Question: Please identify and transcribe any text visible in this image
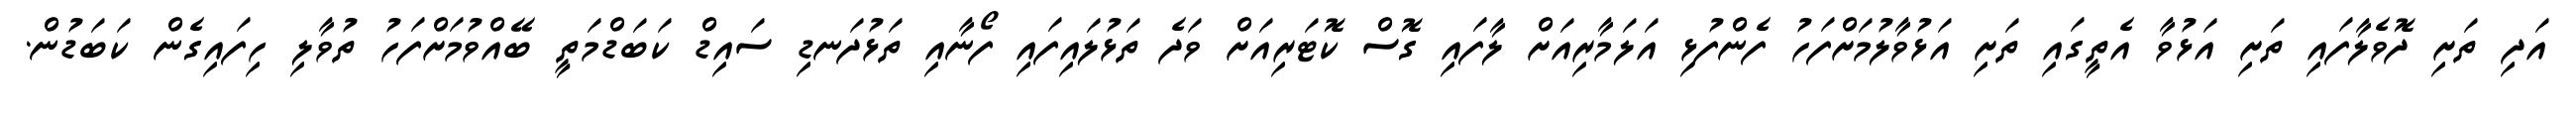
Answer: އަދި ތަށި ދޮވެލާފައި ތަށި އަޅުވާ އެތީގައި ތަށި އަޅުވާލުމަށްފަހު ފެންފުޅި އަލަމާރިއަށް ލާފައި ގޮސް ކޮޓަރިއަށް ވަދެ ތަޅުލައިފައި ފޯނާއި ތަޅުދަނޑި ސައިޑް ކަބަޑްމަތީ ބޭއްވުމަށްފަހު ތުވާލި ހިފައިގެން ކަބަޑުން.